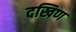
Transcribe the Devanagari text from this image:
दखिण